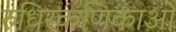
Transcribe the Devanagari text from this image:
रुधिरकणिकाओं